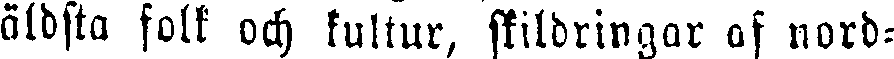
äldsta folk och kultur, skildringar af nord-